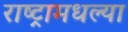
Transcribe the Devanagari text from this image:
राष्ट्रामधल्या